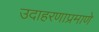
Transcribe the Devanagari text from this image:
उदाहरणाप्रमाणे